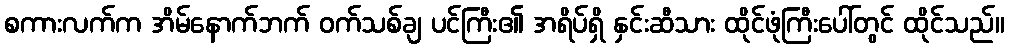
စကားလက်က အိမ်နောက်ဘက် ဝက်သစ်ချ ပင်ကြီး၏ အရိပ်ရှိ နှင်းဆီသား ထိုင်ဖုံကြီးပေါ်တွင် ထိုင်သည်။